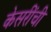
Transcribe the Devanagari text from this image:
केसरींची